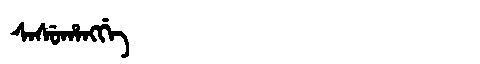
Manchu: ᠰᠠᠰᡠᡥᠠᠩᡤᡝ
Romanization: SASUHANGGE